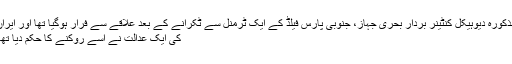
مذکورہ دیوہیکل کنٹینر بردار بحری جہاز، جنوبی پارس فیلڈ کے ایک ٹرمنل سے ٹکرانے کے بعد علاقے سے فرار ہوگیا تھا اور ایران
کی ایک عدالت نے اسے روکنے کا حکم دیا تھا۔